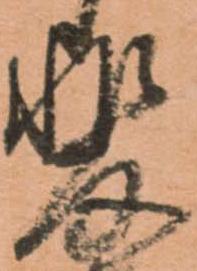
斐